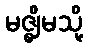
မဇ္ဈိမသို့